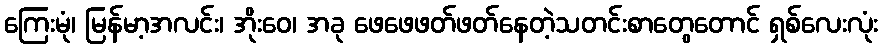
ကြေးမုံ၊ မြန်မာ့အလင်း၊ အိုးဝေ၊ အခု ဖေဖေဖတ်ဖတ်နေတဲ့သတင်းစာတွေတောင် ရှစ်လေးလုံး